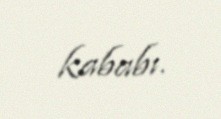
kababı.